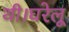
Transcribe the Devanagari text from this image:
थी।घरेलू